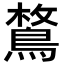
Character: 𪂜